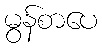
မွန်စာပေ